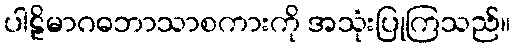
ပါဠိမာဂဓဘာသာစကားကို အသုံးပြုကြသည်။